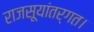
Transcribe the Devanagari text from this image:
राजसूयांतर्गत।